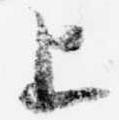
上